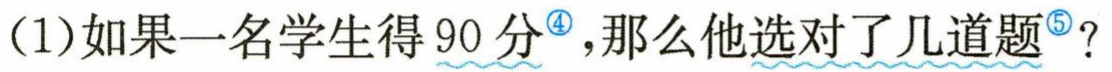
(1)如果一名学生得$90$分，那么他选对了几道题？